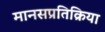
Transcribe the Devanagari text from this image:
मानसप्रतिक्रिया